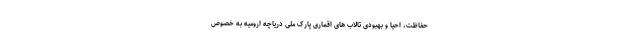
حفاظت، احیا و بهبودی تالاب های اقماری پارک ملی دریاچه ارومیه به خصوص